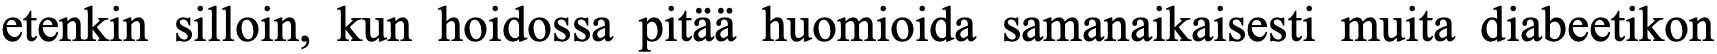
etenkin silloin, kun hoidossa pitää huomioida samanaikaisesti muita diabeetikon